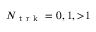
N _ { \mathrm { ~ t ~ r ~ k ~ } } = 0 , 1 , { > } 1